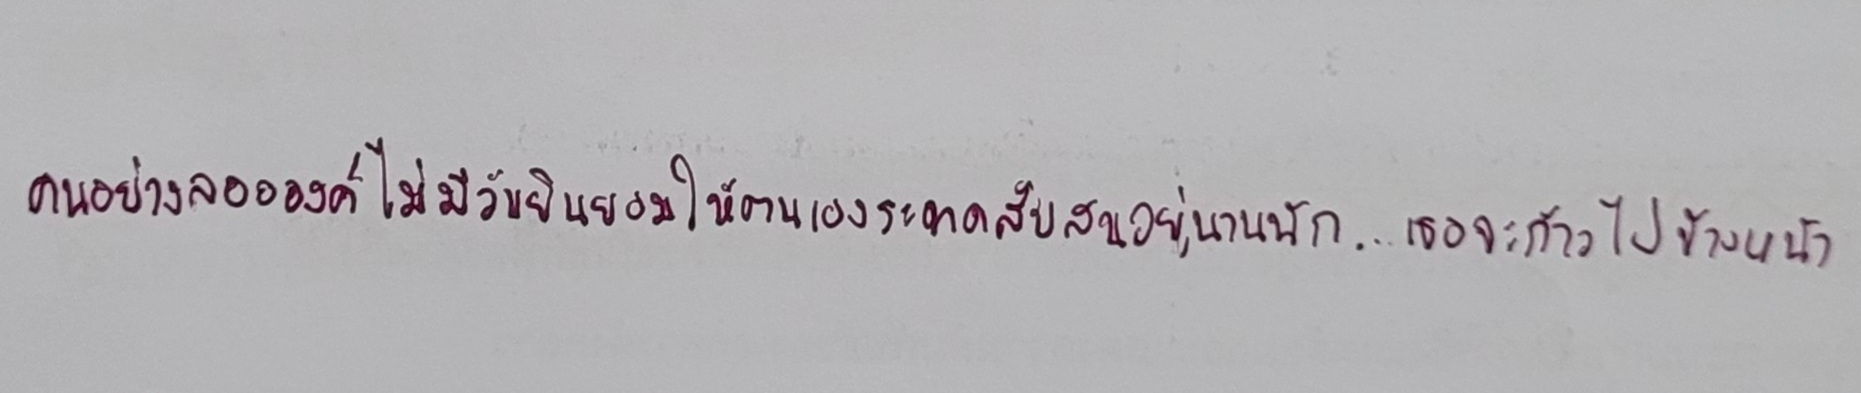
คนอย่างลออองค์ไม่มีวันยินยอมให้ตนเองระทดสับสนอยู่นานนัก...เธอจะก้าวไปข้างหน้า